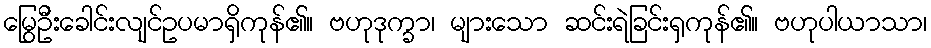
မြွေဦးခေါင်းလျင်ဥပမာရှိကုန်၏။ ဗဟုဒုက္ခာ၊ များသော ဆင်းရဲခြင်းရှကုန်၏။ ဗဟုပါယာသာ၊